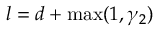
l = d + \operatorname* { m a x } ( 1 , \gamma _ { 2 } )